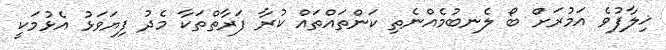
ޚިލާފުވެ އަމުރަށް ބޯ ލެނބުމެއްނެތި ކަންތައްތައް ކުރާ ފަރާތްތަކާ މެދު ފިޔަވަޅު އެޅުމަކީ